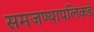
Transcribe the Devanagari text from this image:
समजण्यापलिकडे